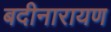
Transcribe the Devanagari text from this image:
बदीनारायण